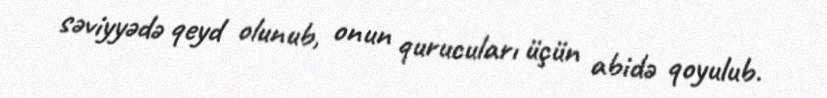
səviyyədə qeyd olunub, onun qurucuları üçün abidə qoyulub.